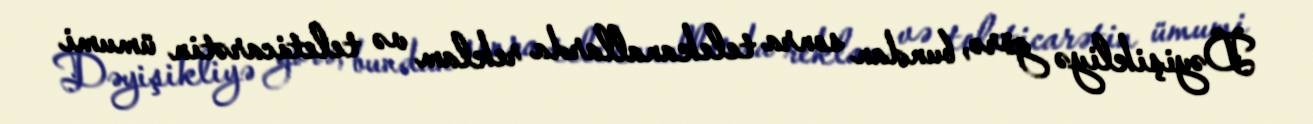
Dəyişikliyə görə, bundan sonra telekanallarda reklam və teleticarətin ümumi